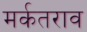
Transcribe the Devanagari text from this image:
मर्कतराव